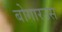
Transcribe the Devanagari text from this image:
बोगारउस